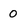
Character: 0